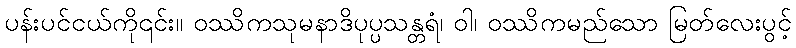
ပန်းပင်ငယ်ကို၎င်း။ ဝဿိကသုမနာဒိပုပ္ပသန္တရံ၊ ဝါ၊ ဝဿိကမည်သော မြတ်လေးပွင့်